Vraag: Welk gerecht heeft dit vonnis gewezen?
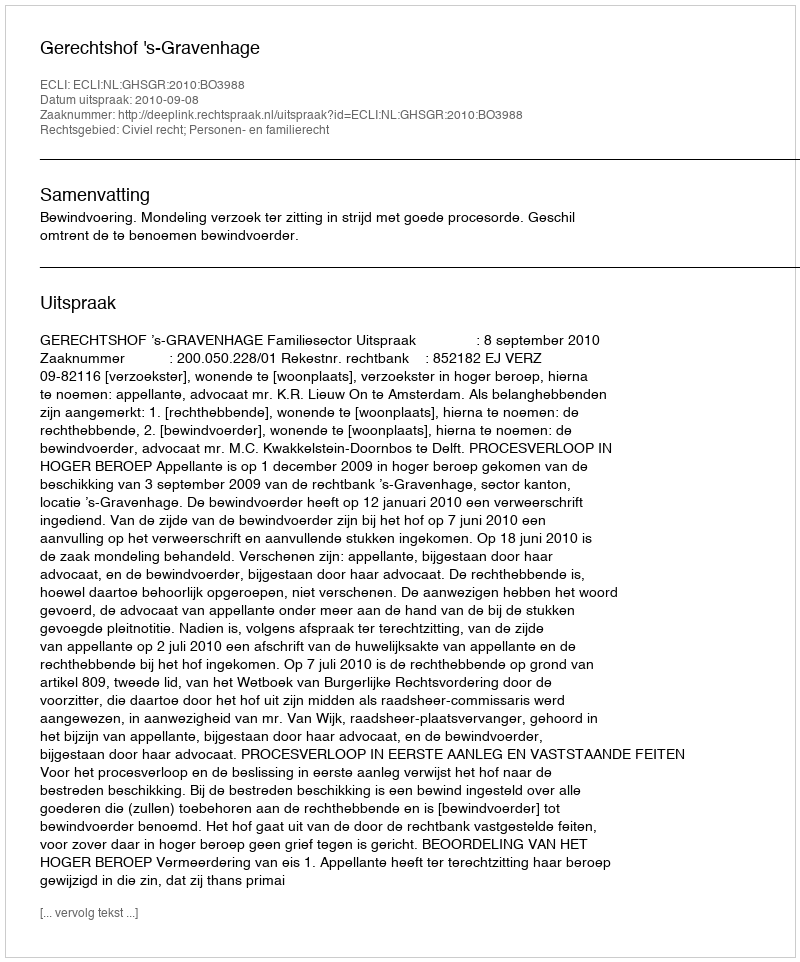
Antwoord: Gerechtshof 's-Gravenhage